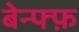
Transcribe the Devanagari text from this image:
बेन्फ्फ़